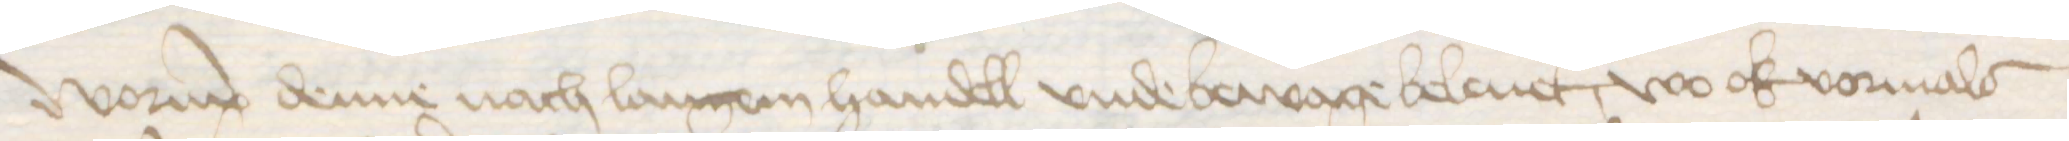
Worup denne nach langem handell vnde bewage beleuet, wo ok vormals